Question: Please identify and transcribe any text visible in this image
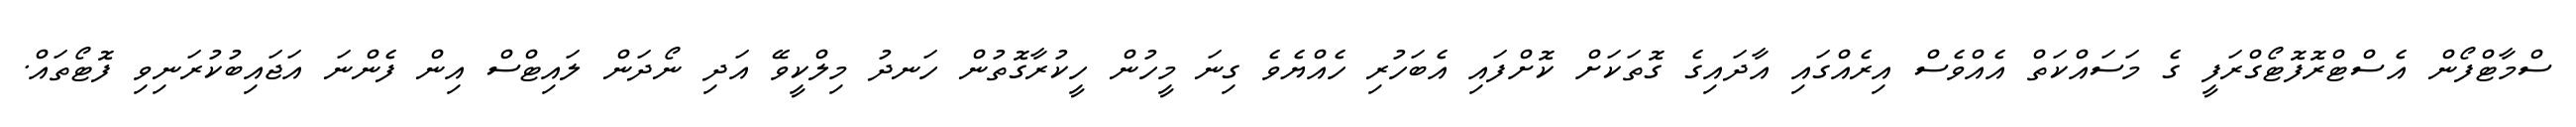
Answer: ސްމާޓްފޯން އެސްޓްރޮފޮޓޯގްރަފީ ގެ މަސައްކަތް އެއްވެސް އިރެއްގައި އާދައިގެ ގޮތަކަށް ކޮށްފައި އެބަހުރި ހެއްޔެވެ ގިނަ މީހުން ހީކުރާގޮތުން ހަނދު މިލްކީވޭ އަދި ނޯދަން ލައިޓްސް އިން ފެންނަ އަޖައިބުކުރަނިވި ފޮޓޯތައް.